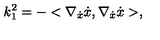
k _ { 1 } ^ { 2 } = - < \nabla _ { \dot { x } } \dot { x } , \nabla _ { \dot { x } } \dot { x } > ,